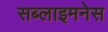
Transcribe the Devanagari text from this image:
सब्लाइमनेस